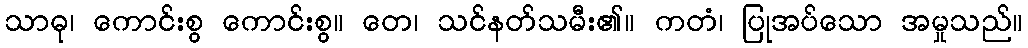
သာဓု၊ ကောင်းစွ ကောင်းစွ။ တေ၊ သင်နတ်သမီး၏။ ကတံ၊ ပြုအပ်သော အမှုသည်။